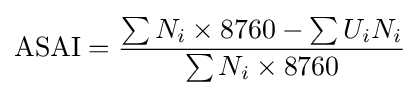
{\mbox{ASAI}}={\frac {\sum {N_{i}}\times 8760-\sum {U_{i}N_{i}}}{\sum {N_{i}}\times 8760}}